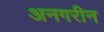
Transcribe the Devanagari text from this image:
अनगरीन